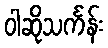
ဝါဆိုသင်္ကန်း